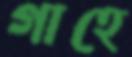
গাহে